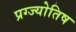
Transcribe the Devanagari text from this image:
प्रग्ज्योतिष